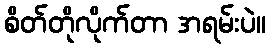
စိတ်တိုလိုက်တာ အရမ်းပဲ။